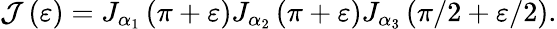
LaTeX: \mathcal{J}\left(\varepsilon\right)=J_{\alpha_{1}}\left(\pi+\varepsilon\right)J_{\alpha_{2}}\left(\pi+\varepsilon\right)J_{\alpha_{3}}\left(\pi/2+\varepsilon/2\right).